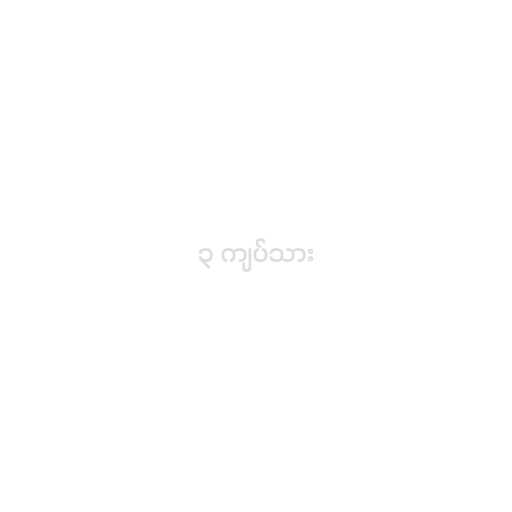
၃ ကျပ်သား